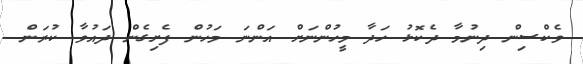
ވެކްސިން ދިނުމާ ދެކޮޅު ހަދާ މީހުންނަށް އަންނަ މަހުން ފެށިގެން ދައުވާ ކުރަން